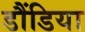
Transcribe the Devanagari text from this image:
डौंडिया